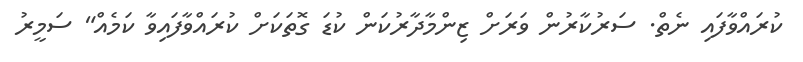
ކުރައްވާފައި ނެތް. ސަރުކާރުން ވަރަށް ޒިންމާދާރުކަން ކުޑަ ގޮތަކަށް ކުރައްވާފައިވާ ކަމެއް" ސަމީރު